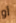
أو